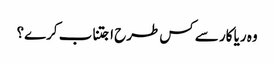
وہ ریا کار سے کس طرح اجتناب کرے؟